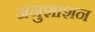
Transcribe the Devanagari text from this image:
अनुशाशन